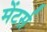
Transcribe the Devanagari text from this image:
मेंटर्स